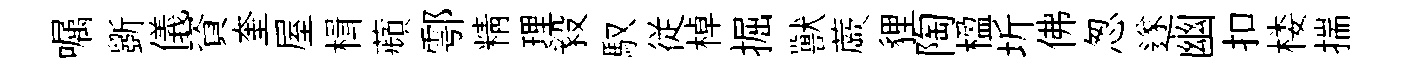
嘱斵儀資奎屋楫蘋鄠精理毅馭従棹掘獸蕨貍陶楹圻佛怱遂幽扣楼揣